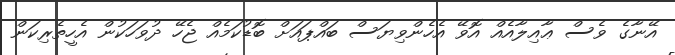
އޭނާގެ ވެސް ޢާއިލާއެއް އޮވޭ އެހެންވިޔަސް ބައްޕައަށް ބޮޑުކަމެއް ޖެހޭ ދުވަހަކުން އެހީތެރިކަން